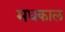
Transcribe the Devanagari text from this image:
मधकाल